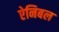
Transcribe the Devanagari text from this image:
ऐनिबल